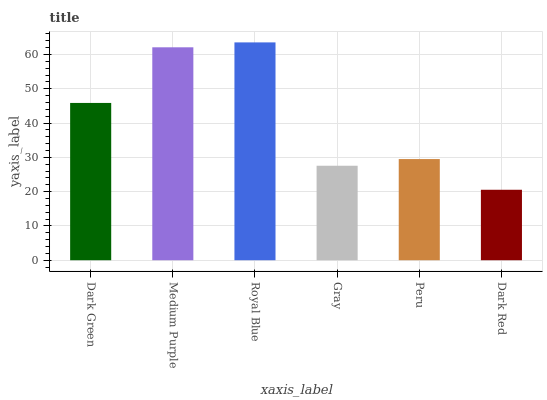
| xaxis_label | bars |
 | --- | --- |
 | Dark Green | 45.9 |
 | Medium Purple | 62.1 |
 | Royal Blue | 63.5 |
 | Gray | 27.6 |
 | Peru | 29.5 |
 | Dark Red | 20.6 |